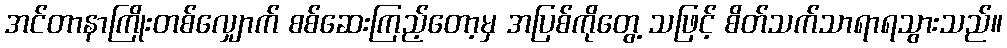
အင်တာနာကြိုးတစ်လျှောက် စစ်ဆေးကြည့်တော့မှ အပြစ်ကိုတွေ့ သဖြင့် စိတ်သက်သာရာရသွားသည်။